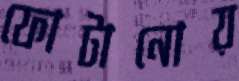
ফোটানোয়